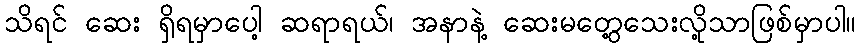
သိရင် ဆေး ရှိရမှာပေါ့ ဆရာရယ်၊ အနာနဲ့ ဆေးမတွေ့သေးလို့သာဖြစ်မှာပါ။